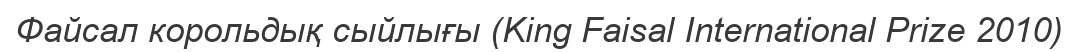
Файсал корольдық сыйлығы (King Faisal International Prize 2010)